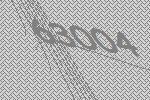
63004